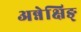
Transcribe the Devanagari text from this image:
अन्नेक्षिङ्